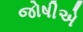
જોષીએ